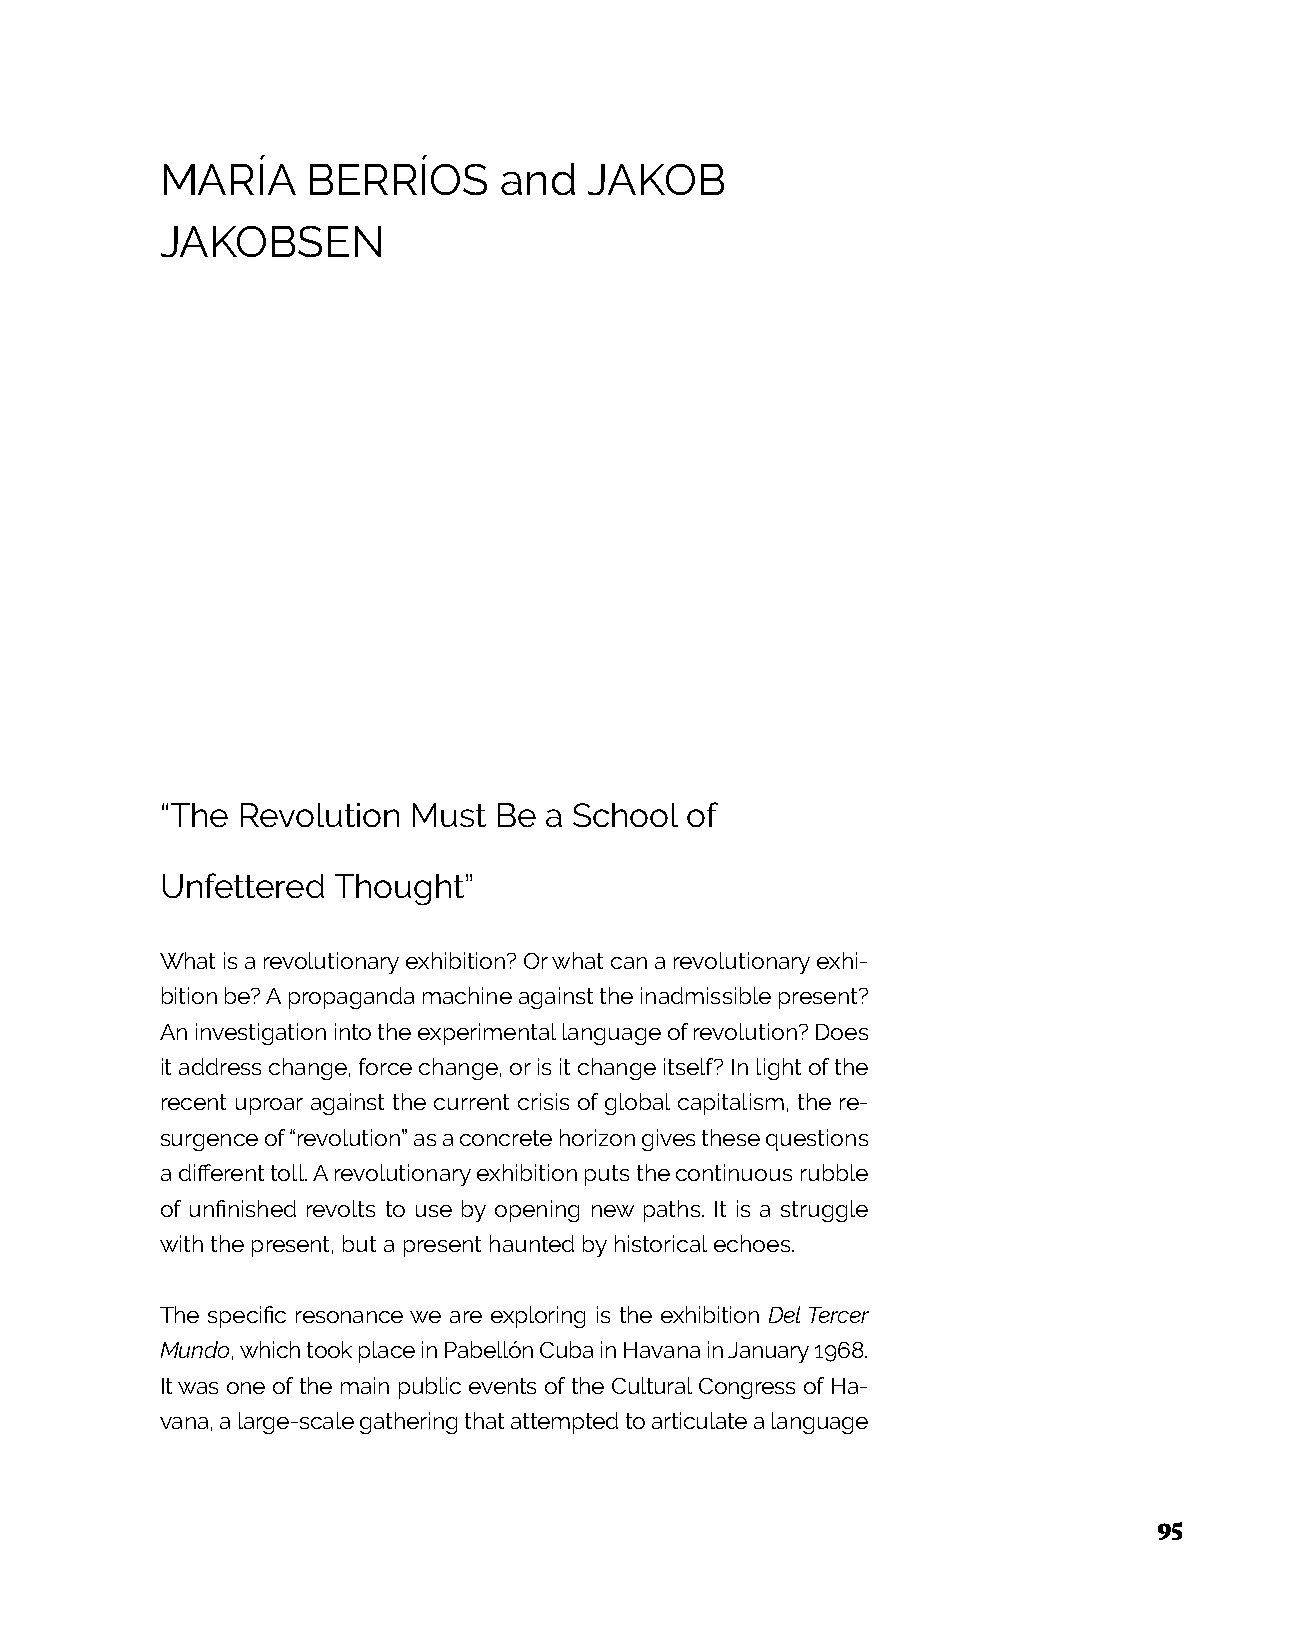
MARÍA    BERRÍOS      and   JAKOB
 JAKOBSEN
 “The Revolution Must  Be a School of
 Unfettered Thought”
 What is a revolutionary exhibition? Or what can a revolutionary exhi-
 bition be? A propaganda machine against the inadmissible present?
 An investigation into the experimental language of revolution? Does
 it address change, force change, or is it change itself? In light of the
 recent uproar against the current crisis of global capitalism, the re-
 surgence of “revolution” as a concrete horizon gives these questions
 a different toll. A revolutionary exhibition puts the continuous rubble
 of unfinished revolts to use by opening new paths. It is a struggle
 with the present, but a present haunted by historical echoes.
 The specific resonance we are exploring is the exhibition Del Tercer
 Mundo, which took place in Pabellón Cuba in Havana in January 1968.
 It was one of the main public events of the Cultural Congress of Ha-
 vana, a large-scale gathering that attempted to articulate a language
 95